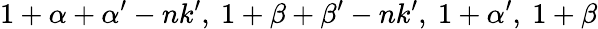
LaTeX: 1+\alpha+\alpha^{\prime}-nk^{\prime},~1+\beta+\beta^{\prime}-nk^{\prime},~1+\alpha^{\prime},~1+\beta